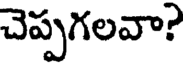
చెప్పగలవా?